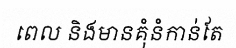
ពេល និងមានគុំនំកាន់តែ